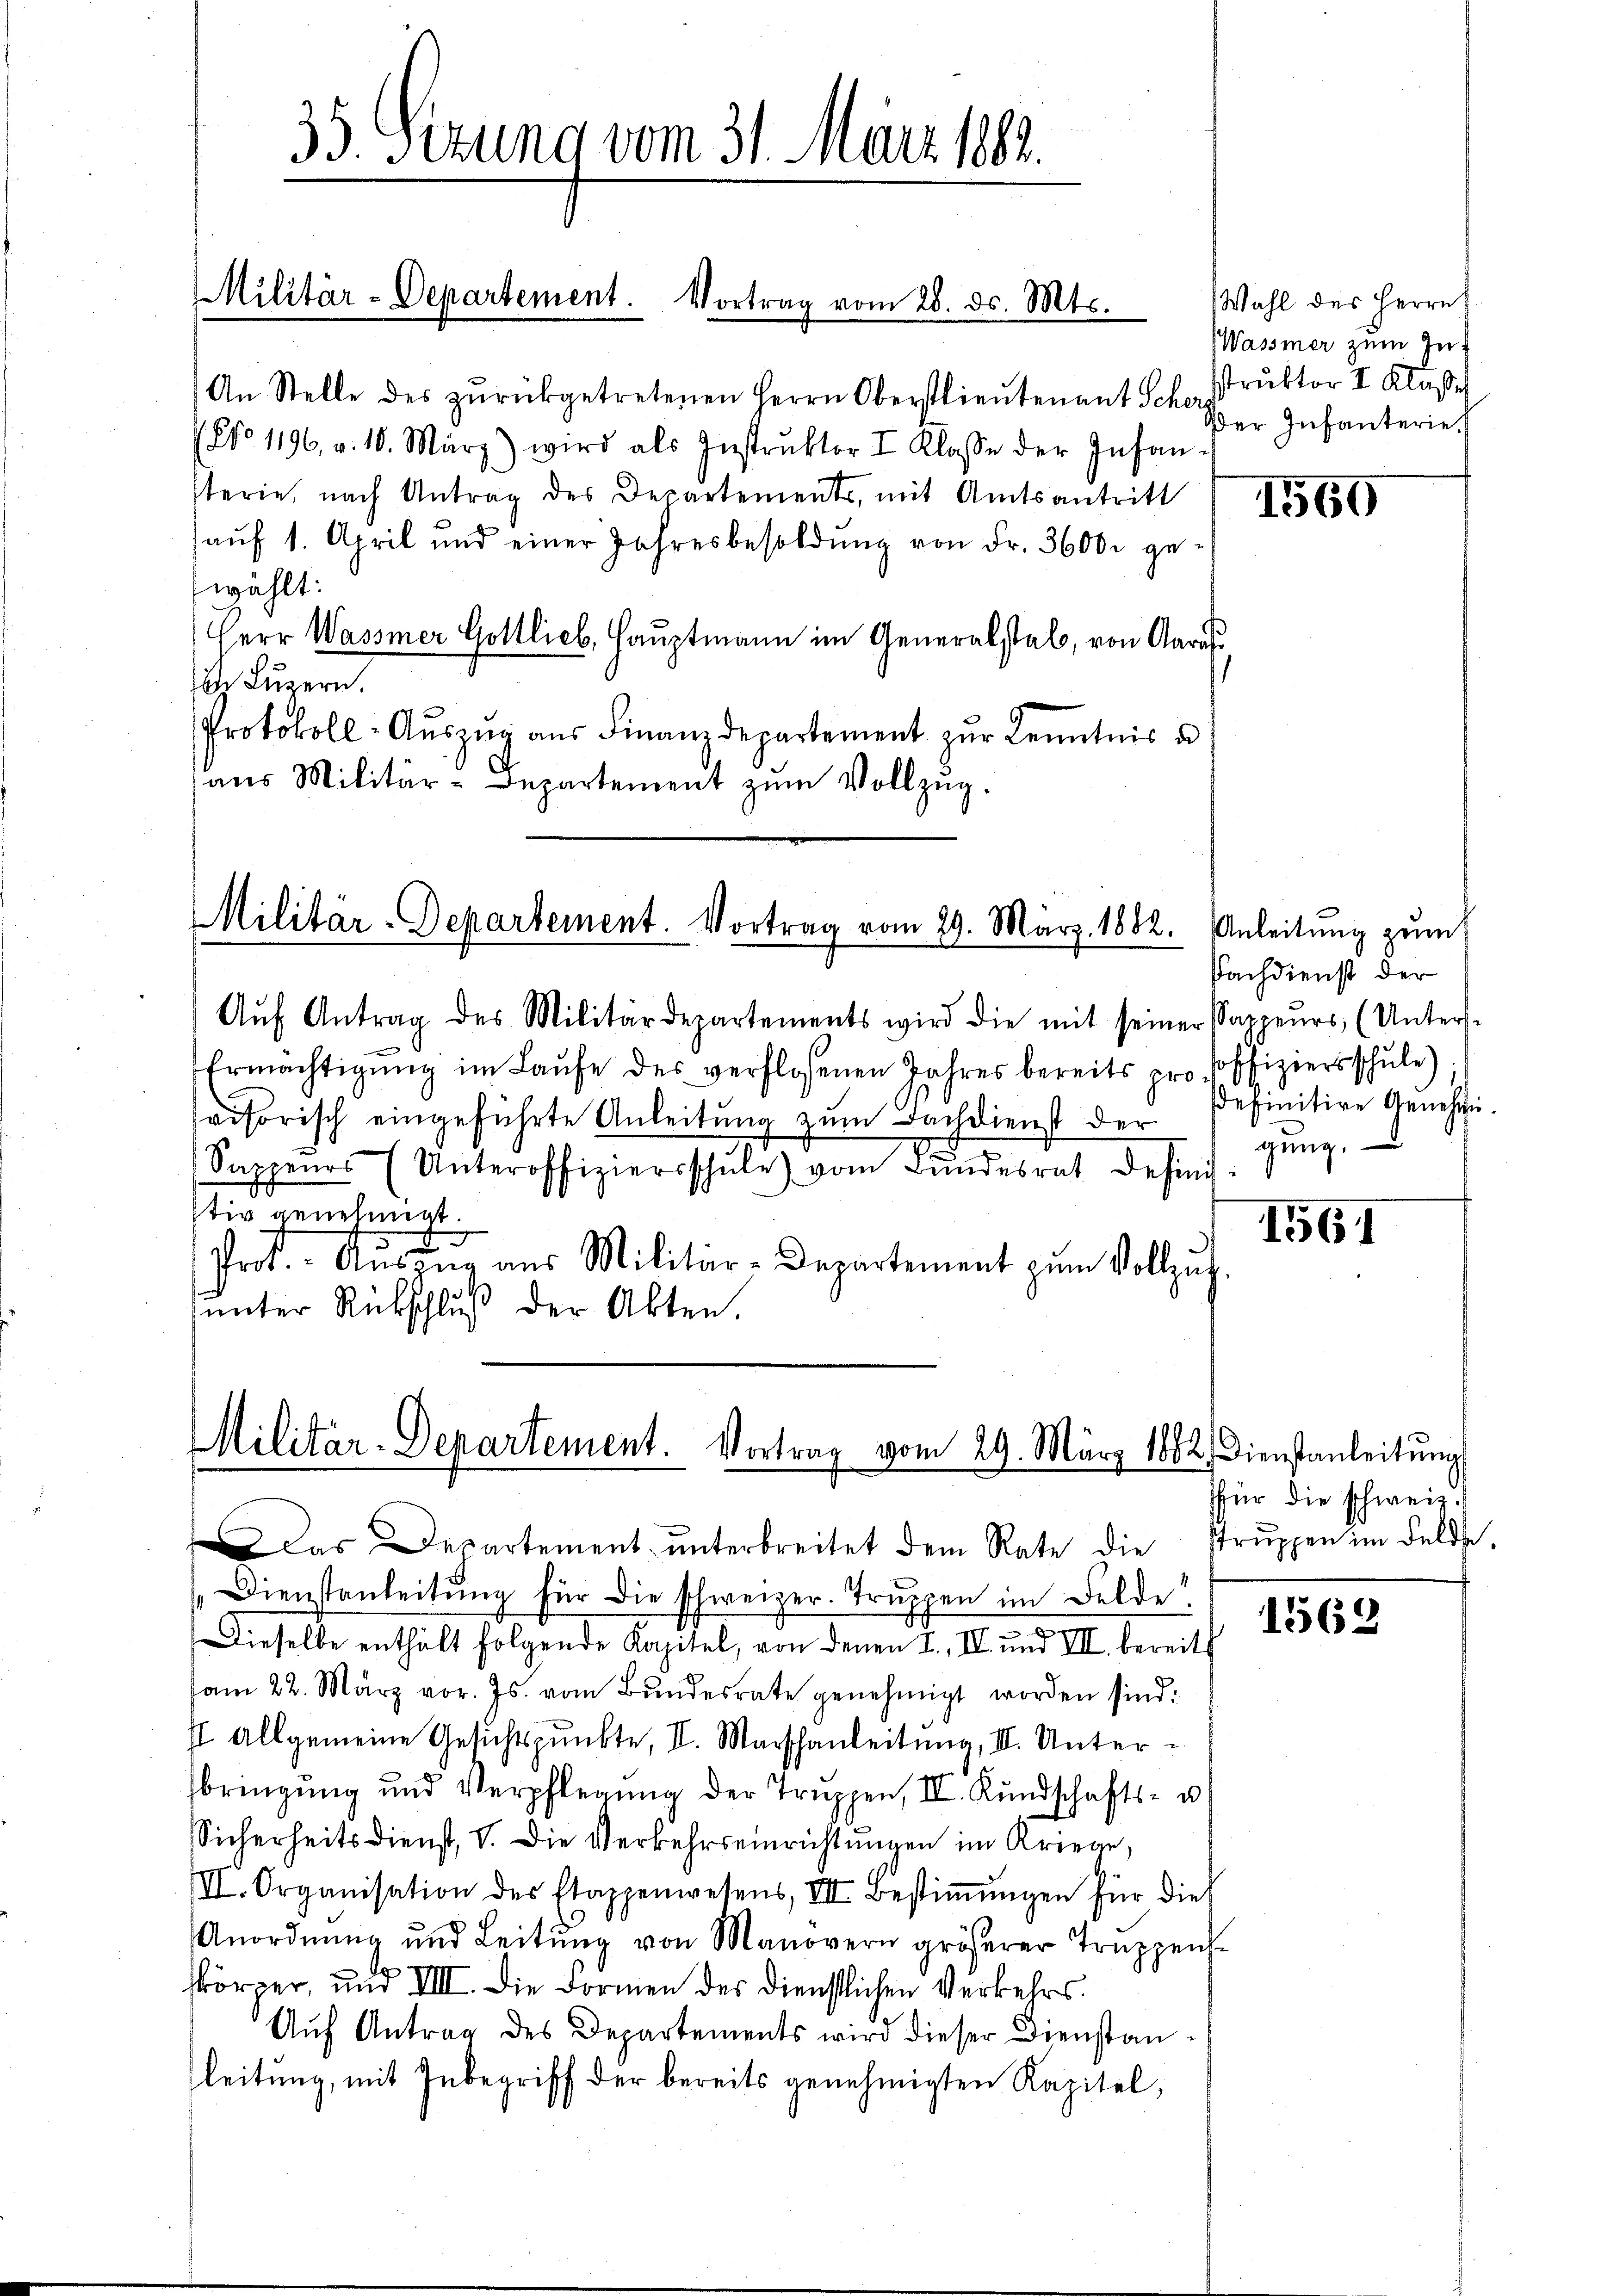
wählt:

35. Sezung vom 31. März 1882.

Militär-Departement. Vortrag vom 28. ds. Mts.

An Stelle des zŭrückgetretenen Herrn Oberstlieutenant Schostruktor I. Klasse
No 1196. v. 10. März) wird als Instrŭktor I Klasse der Insan-
sterie, nach Antrag des Departements, mit Amtsantritt
aŭf 1. April und einer Jahresbesoldŭng von Fr. 3600. ge-
Herr Wasser Gottlieb, Hauptmann im Generalstab, von Aaras¬
 Luzern.
Protokoll-Auszug aus Finanzdepartement zur Kenntnis u
aŭs Militär-Departement zŭm Vollzŭg.

Militär-Departement. Vortrag vom 29. März 1882.

Aŭf Antrag des Militärdepartements wird die mit seiner Sappeurs, (Unters-
Ermächtigung im Laufe des verflossenen Jahres bereits pro Offiziersschule)
visorisch eingeführte Anleitung zum Dachdienst der
Sappeurs (Unteroffiziersschŭle) vom Bŭndesrat defini
tiv genehmigt.
d
Prot. Ansŭng aus Militär-Departement zŭm Vollzug.
unter Rückschluß der Akten.

Militar-Departement. Vortrag vom 29. März 1882. Dienstanleitŭng

Dienstanleitŭng für die schweizer. Truppen im Felde
Dieselbe enthält folgende Kapitel, von denen I., II und III. bereits
am 22. März vor. Js. vom Bŭndesrate genehmigt worden sind:
I allgemeine Gesichtspunkte, II. Marschanleitung, II. Unterbringung und Verpflegŭng der Truppen, II. Kundschafts- u.
Sicherheitsdienst, V. Die Verkehrseinrichtungen im Kriege,
III. Organisation des Etappenwesens, VII. Bestiṁŭngen für dies
Anordnŭng und Leitŭng von Manovern größerer Trŭppen-
skörper, und VIII. Die Formen des Dienstlichen Verkehrs.
Aŭf Antrag des Departements wird dieser Dienstanleitung, mit Inbegriff der bereits genehmigten Kapitel,

das Departement ŭnterbreitet dem Rate die struppen im Felds,

Wahl des Herrn
Wassmer zum In-
Der Infanterie

1560

Anleitung zum
Nachdienst der
sefinitive Genehmigung.

1561

für die schweiz.

1562